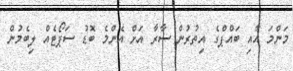
މަންމަ އާއި ބައްޕްގެ އިތުރުން ސާރާ އަށް އެންމެ ބޮޑު ސަޕޯޓެއް ލިބެމުން